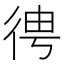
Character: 𢓳